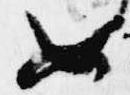
如